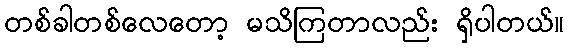
တစ်ခါတစ်လေတော့ မသိကြတာလည်း ရှိပါတယ်။